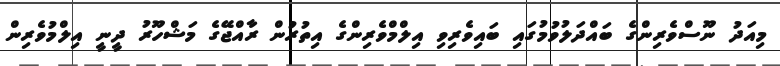
މިއަދު ނޫސްވެރިންގެ ބައްދަލުވުމުގައި ބައިވެރިވި އިލްމްވެރިންގެ އިތުރުން ރާއްޖޭގެ މަޝްހޫރު ދީނީ އިލްމުވެރިން